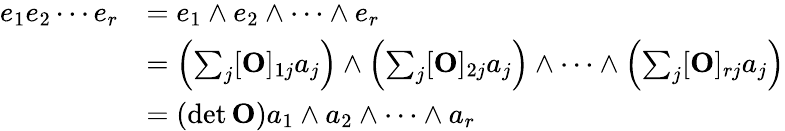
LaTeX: {\begin{array}{rl}{e_{1}e_{2}\cdots e_{r}}&{=e_{1}\wedge e_{2}\wedge\cdots\wedge e_{r}}\\ &{=\left(\sum_{j}[\mathbf{O}]_{1j}a_{j}\right)\wedge\left(\sum_{j}[\mathbf{O}]_{2j}a_{j}\right)\wedge\cdots\wedge\left(\sum_{j}[\mathbf{O}]_{rj}a_{j}\right)}\\ &{=(\operatorname*{det}\mathbf{O})a_{1}\wedge a_{2}\wedge\cdots\wedge a_{r}}\end{array}}